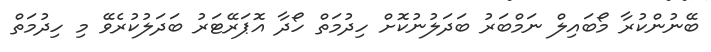
ބޭނުންކުރާ މޯބައިލް ނަމްބަރު ބަދަލުނުކޮށް ހިދުމަތް ހޯދާ އޮޕަރޭޓަރު ބަދަލުކުރެވޭ މި ހިދުމަތް